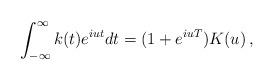
LaTeX: \begin{align*}\int_{-\infty}^{\infty} k(t)e^{iu t}dt= (1+e^{iu T})K(u)\,,\end{align*}